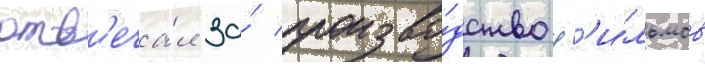
отв'еча́л за́ произво́дство ф'и́льмов